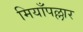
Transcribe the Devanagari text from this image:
मियाँपल्लार